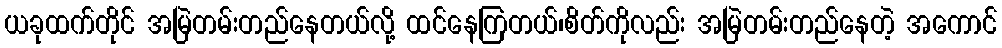
ယခုထက်တိုင် အမြဲတမ်းတည်နေတယ်လို့ ထင်နေကြတယ်၊စိတ်ကိုလည်း အမြဲတမ်းတည်နေတဲ့ အကောင်